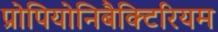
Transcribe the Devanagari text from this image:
प्रोपियोनिबैक्टिरियम